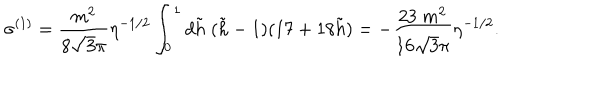
LaTeX: \sigma ^ { ( 1 ) } = \frac { m ^ { 2 } } { 8 \sqrt { 3 } \pi } \eta ^ { - 1 / 2 } \int _ { 0 } ^ { 1 } d { \tilde { h } } \; ( { \tilde { h } } - 1 ) ( 1 7 + 1 8 { \tilde { h } } ) = - \frac { 2 3 \; m ^ { 2 } } { 1 6 \sqrt { 3 } \pi } \eta ^ { - 1 / 2 } .